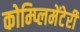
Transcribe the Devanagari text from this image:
कोम्प्लिमेंटेरी